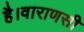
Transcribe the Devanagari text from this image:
है।वाराणसी